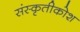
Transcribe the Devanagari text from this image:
संस्कृतीकोश